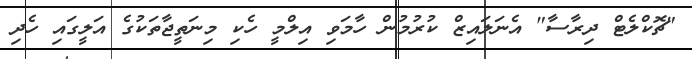
"ޗޮކްލެޓް ދިރާސާ" އެނަލައިޒް ކުރުމުން ހާމަވި އިލްމީ ހެކި މިނަތީޖާތަކުގެ އަލީގައި ހެދި